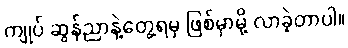
ကျုပ် ဆွန်ညာနဲ့တွေ့ရမှ ဖြစ်မှာမို့ လာခဲ့တာပါ။